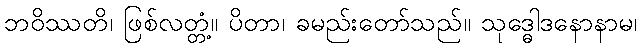
ဘဝိဿတိ၊ ဖြစ်လတ္တံ့။ ပိတာ၊ ခမည်းတော်သည်။ သုဒ္ဓေါဒနောနာမ၊